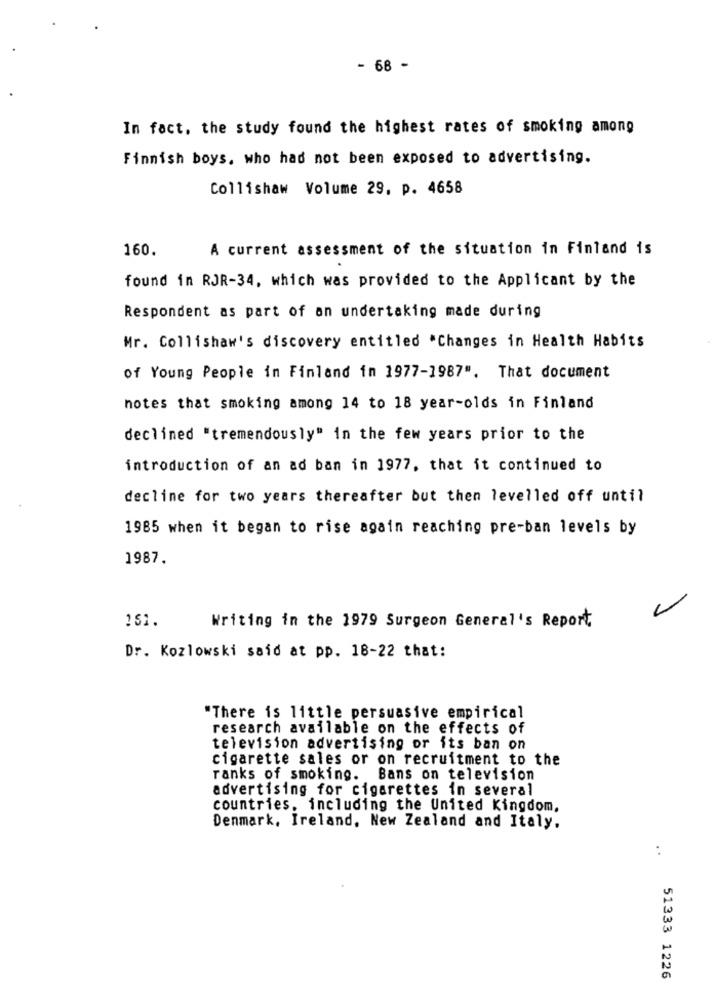
- 68 -
In fact, the study found the highest rates of smoking among
Finnish boys, who had not been exposed to advertising.
Collishaw Volume 29, p. 4658
160.
A current assessment of the situation in Finland is
found in RJR-34, which was provided to the Applicant by the
Respondent as part of an undertaking made during
Mr. Collishaw's discovery entitled *Changes in Health Habits
of Young People in Finland in 1977-1987". That document
notes that smoking among 14 to 18 year-olds in Finland
declined "tremendously" in the few years prior to the
introduction of an ad ban in 1977, that it continued to
decline for two years thereafter but then levelled off until
1985 when it began to rise again reaching pre-ban levels by
1987.
Writing in the 1979 Surgeon General's Report
151.
Dr. Kozlowski said at pp. 18-22 that:
"There is little persuasive empirical
research available on the effects of
television advertising or its ban on
cigarette sales or on recruitment to the
ranks of smoking. Bans on television
advertising for cigarettes in several
countries, including the United Kingdom,
Denmark, Ireland, New Zealand and Italy.
:
51333 1226